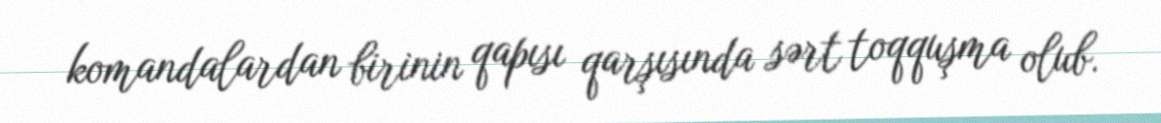
komandalardan birinin qapısı qarşısında sərt toqquşma olub.